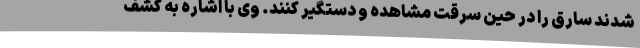
شدند سارق را در حین سرقت مشاهده و دستگیر کنند. وی با اشاره به کشف